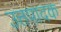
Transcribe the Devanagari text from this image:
उत्तपादक